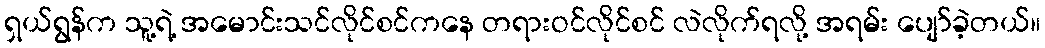
ရှယ်ရွန်က သူ့ရဲ့ အမောင်းသင်လိုင်စင်ကနေ တရားဝင်လိုင်စင် လဲလိုက်ရလို့ အရမ်း ပျော်ခဲ့တယ်။